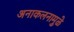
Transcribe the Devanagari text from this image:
अनाकलनामुळे